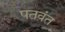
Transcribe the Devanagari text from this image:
पतवंत